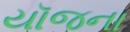
યૉજના